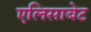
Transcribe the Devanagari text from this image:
एलिसाबेट